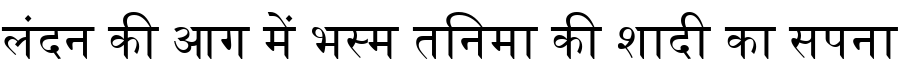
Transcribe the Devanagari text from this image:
लंदन की आग में भस्म तनिमा की शादी का सपना